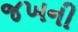
જખની